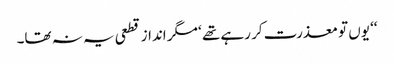
‘‘ یوں تو معذرت کر رہے تھے ‘ مگر انداز قطعی یہ نہ تھا۔